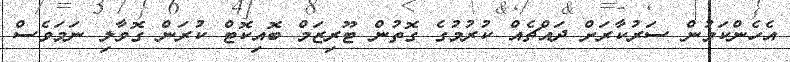
އެހެންކަމުން ސަރުކާރަށް ދައްޗެއް ކުރުމުގެ ގޮތުން ޓޫރިޒަމް ބޮއިކޮޓް ކުރަން ގޮވާލި ނަމަވެސް